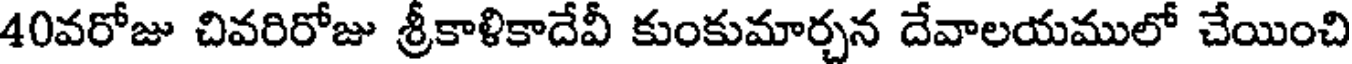
40వరోజు చివరిరోజు శ్రీకాళికాదేవీ కుంకుమార్చన దేవాలయములో చేయించి